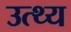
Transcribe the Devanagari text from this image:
उत्थ्य